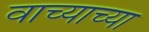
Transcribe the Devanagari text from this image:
वाच्याच्या